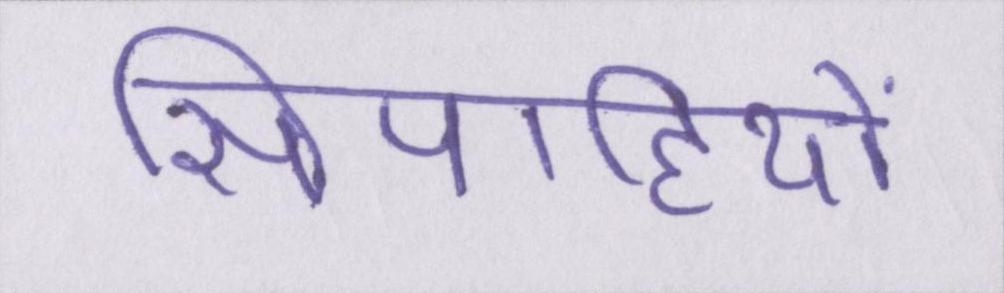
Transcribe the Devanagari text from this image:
सिपाहियों